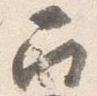
召